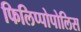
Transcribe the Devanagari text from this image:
फिलिप्पोपोलिस